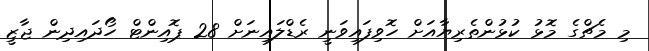
މި މެޗްގެ މޮޅު ކުޅުންތެރިޔާއަށް ހޮވިފައިވަނީ ރެޑްލައިނަށް 28 ޕޮއިންޓް ހޯދައިދިން ޖާޒީ